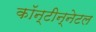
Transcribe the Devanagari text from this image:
कॉन्टीन्नेटल